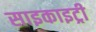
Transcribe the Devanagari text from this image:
साइकाइट्री